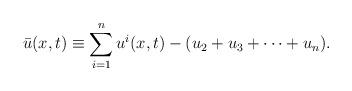
LaTeX: \begin{align*}\bar{u}(x,t)\equiv \sum\limits_{i=1}^n u^i(x,t)-(u_2+u_3+\cdots+u_n).\end{align*}